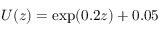
U ( z ) = \exp ( 0 . 2 z ) + 0 . 0 5